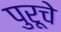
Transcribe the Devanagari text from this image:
पुरूचे